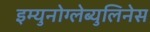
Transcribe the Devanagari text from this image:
इम्युनोग्लेब्युलिनेस